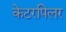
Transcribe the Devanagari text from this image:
केटरपिलर